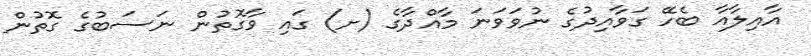
އާއިލާއާ ބެހޭ ގަވާއިދުގެ ނުވަވަނަ މާއްދާގެ (ށ) ގައި ވާގޮތުން ނަސަބުގެ ގޮތުން